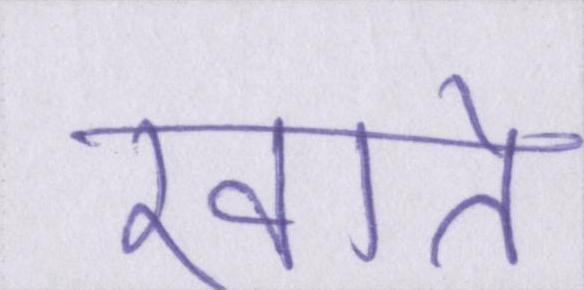
खाते